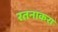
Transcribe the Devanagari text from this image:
रतनाकरा